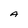
Character: A